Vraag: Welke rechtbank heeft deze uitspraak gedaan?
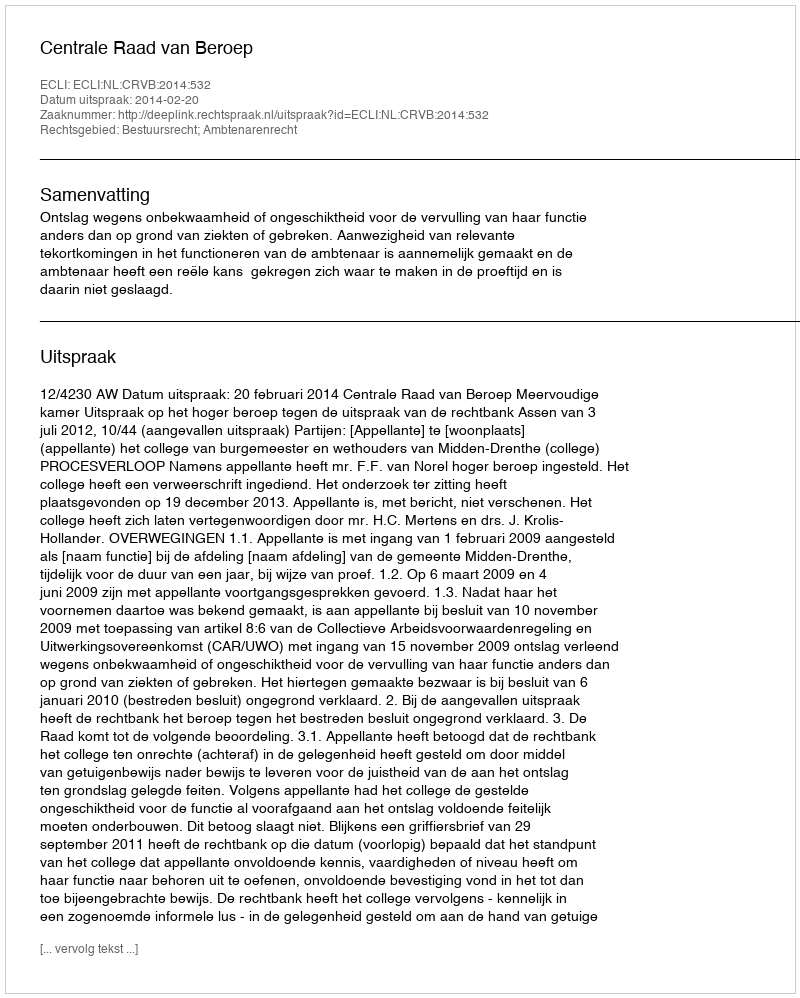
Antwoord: Centrale Raad van Beroep